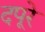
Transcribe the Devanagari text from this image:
दपूरे